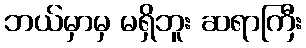
ဘယ်မှာမှ မရှိဘူး ဆရာကြီး